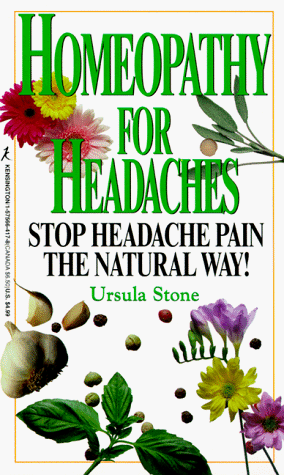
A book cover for Homeopathy For Headaches: Ursula Stone; Ursula Stone; Health, Fitness & Dieting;